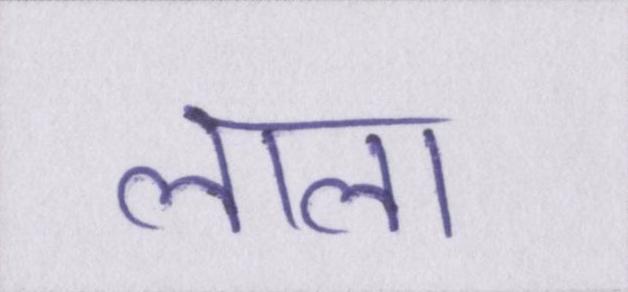
लाला